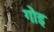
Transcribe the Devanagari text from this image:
गोइ